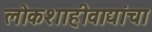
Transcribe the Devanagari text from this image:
लोकशाहीवाद्यांचा